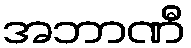
အဘာဏီ